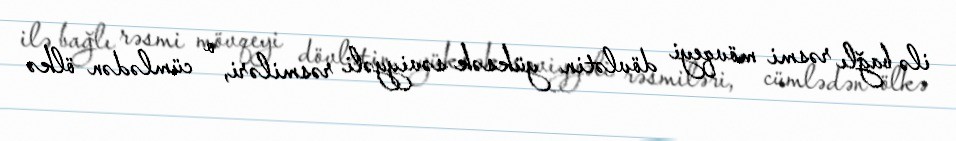
ilə bağlı rəsmi mövqeyi dövlətin yüksək səviyyəli rəsmiləri, o cümlədən ölkə